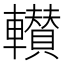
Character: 𮝰